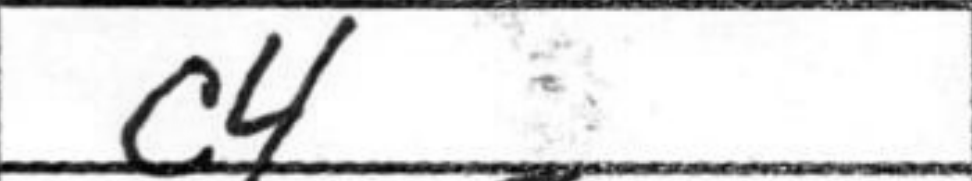
Transcription: c4